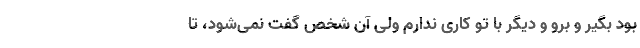
بود بگیر و برو و دیگر با تو کاری ندارم ولی آن شخص گفت نمی‌شود، تا